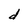
Character: d